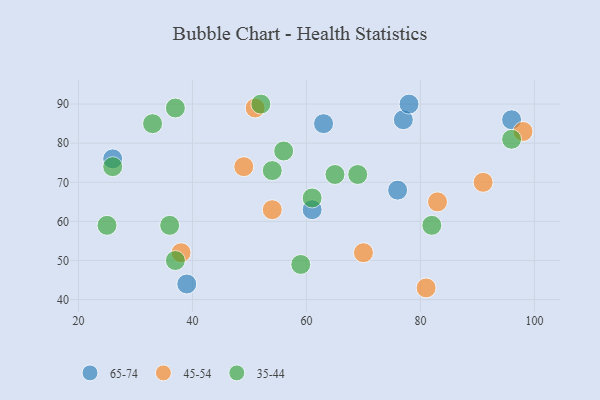
{"axis": {"x": "GDP", "y": "Life Expectancy"}, "legend": ["35-44", "45-54", "65-74"], "data": [{"x": "77", "y": 86, "type": "65-74"}, {"x": "76", "y": 68, "type": "65-74"}, {"x": "26", "y": 76, "type": "65-74"}, {"x": "39", "y": 44, "type": "65-74"}, {"x": "61", "y": 63, "type": "65-74"}, {"x": "78", "y": 90, "type": "65-74"}, {"x": "96", "y": 86, "type": "65-74"}, {"x": "63", "y": 85, "type": "65-74"}, {"x": "54", "y": 63, "type": "45-54"}, {"x": "81", "y": 43, "type": "45-54"}, {"x": "91", "y": 70, "type": "45-54"}, {"x": "70", "y": 52, "type": "45-54"}, {"x": "49", "y": 74, "type": "45-54"}, {"x": "38", "y": 52, "type": "45-54"}, {"x": "98", "y": 83, "type": "45-54"}, {"x": "51", "y": 89, "type": "45-54"}, {"x": "83", "y": 65, "type": "45-54"}, {"x": "52", "y": 90, "type": "35-44"}, {"x": "56", "y": 78, "type": "35-44"}, {"x": "69", "y": 72, "type": "35-44"}, {"x": "25", "y": 59, "type": "35-44"}, {"x": "96", "y": 81, "type": "35-44"}, {"x": "36", "y": 59, "type": "35-44"}, {"x": "59", "y": 49, "type": "35-44"}, {"x": "26", "y": 74, "type": "35-44"}, {"x": "37", "y": 89, "type": "35-44"}, {"x": "61", "y": 66, "type": "35-44"}, {"x": "65", "y": 72, "type": "35-44"}, {"x": "54", "y": 73, "type": "35-44"}, {"x": "82", "y": 59, "type": "35-44"}, {"x": "37", "y": 50, "type": "35-44"}, {"x": "33", "y": 85, "type": "35-44"}]}